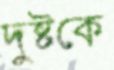
দুষ্টকে